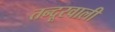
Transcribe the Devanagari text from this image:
तन्दूरवाली